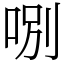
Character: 哵